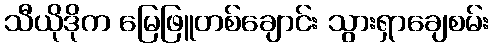
သီယိုဒိုက မြေဖြူတစ်ချောင်း သွားရှာချေစမ်း